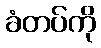
ခံတပ်ကို